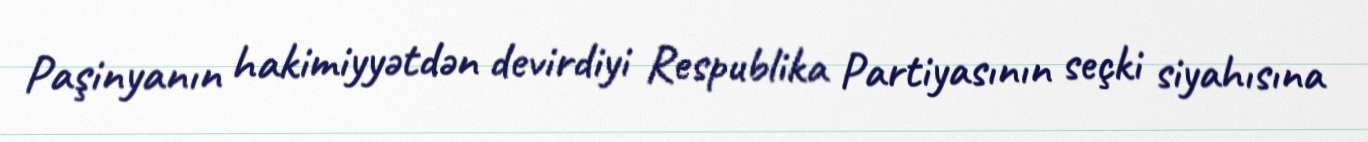
Paşinyanın hakimiyyətdən devirdiyi Respublika Partiyasının seçki siyahısına